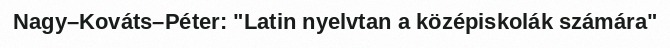
Nagy–Kováts–Péter: "Latin nyelvtan a középiskolák számára"